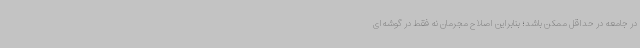
در جامعه در حداقل ممکن باشد؛ بنابراین اصلاح مجرمان نه فقط در گوشه‌ای